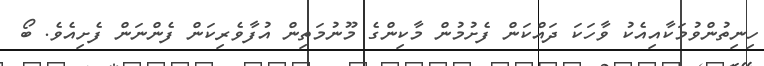
ހިނިތުންވުމަކާއިއެކު ވާހަކަ ދައްކަން ފެށުމުން މާކިންގެ މޫނުމަތިން އުފާވެރިކަން ފެންނަން ފެށިއެވެ. ބޯ